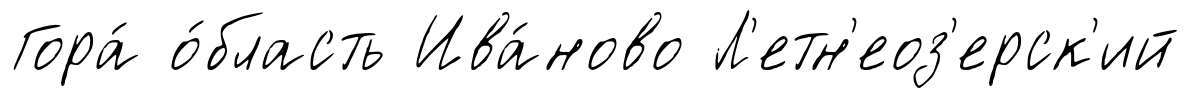
Гора́ о́бласть Ива́ново Л'етн'еоз'ерск'ий